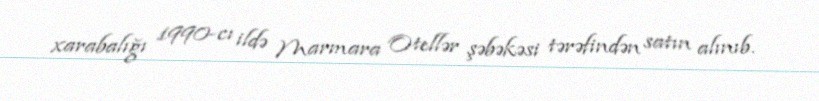
xarabalığı 1990-cı ildə Marmara Otellər şəbəkəsi tərəfindən satın alınıb.